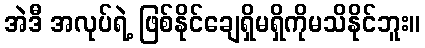
အဲဒီ အလုပ်ရဲ့ ဖြစ်နိုင်ချေရှိမရှိကိုမသိနိုင်ဘူး။